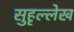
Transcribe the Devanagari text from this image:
सुहृल्लेख